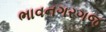
ભાવનગરગજ